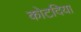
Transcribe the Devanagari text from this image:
कोटदिया